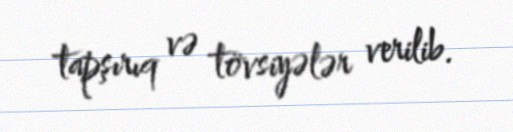
tapşırıq və tövsiyələr verilib.